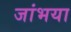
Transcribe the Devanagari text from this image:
जांभया